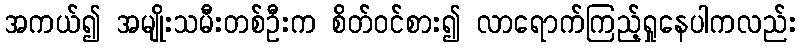
အကယ်၍ အမျိုးသမီးတစ်ဦးက စိတ်ဝင်စား၍ လာရောက်ကြည့်ရှုနေပါကလည်း